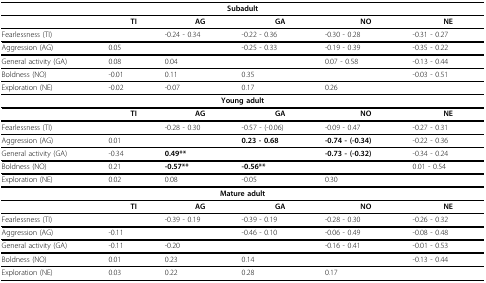
<table><thead><tr><td colspan="6"><b>Subadult</b></td></tr></thead><tbody><tr><td></td><td><b>TI</b></td><td><b>AG</b></td><td><b>GA</b></td><td><b>NO</b></td><td><b>NE</b></td></tr><tr><td>Fearlessness (TI)</td><td></td><td>-0.24 - 0.34</td><td>-0.22 - 0.36</td><td>-0.30 - 0.28</td><td>-0.31 - 0.27</td></tr><tr><td>Aggression (AG)</td><td>0.05</td><td></td><td>-0.25 - 0.33</td><td>-0.19 - 0.39</td><td>-0.35 - 0.22</td></tr><tr><td>General activity (GA)</td><td>0.08</td><td>0.04</td><td></td><td>0.07 - 0.58</td><td>-0.13 - 0.44</td></tr><tr><td>Boldness (NO)</td><td>-0.01</td><td>0.11</td><td>0.35</td><td></td><td>-0.03 - 0.51</td></tr><tr><td>Exploration (NE)</td><td>-0.02</td><td>-0.07</td><td>0.17</td><td>0.26</td><td></td></tr><tr><td colspan="6"><b>Young adult</b></td></tr><tr><td></td><td><b>TI</b></td><td><b>AG</b></td><td><b>GA</b></td><td><b>NO</b></td><td><b>NE</b></td></tr><tr><td>Fearlessness (TI)</td><td></td><td>-0.28 - 0.30</td><td>-0.57 - (-0.06)</td><td>-0.09 - 0.47</td><td>-0.27 - 0.31</td></tr><tr><td>Aggression (AG)</td><td>0.01</td><td></td><td><b>0.23 - 0.68</b></td><td><b>-0.74 - (-0.34)</b></td><td>-0.22 - 0.36</td></tr><tr><td>General activity (GA)</td><td>-0.34</td><td><b>0.49**</b></td><td></td><td><b>-0.73 - (-0.32)</b></td><td>-0.34 - 0.24</td></tr><tr><td>Boldness (NO)</td><td>0.21</td><td><b>-0.57**</b></td><td><b>-0.56**</b></td><td></td><td>0.01 - 0.54</td></tr><tr><td>Exploration (NE)</td><td>0.02</td><td>0.08</td><td>-0.05</td><td>0.30</td><td></td></tr><tr><td colspan="6"><b>Mature adult</b></td></tr><tr><td></td><td><b>TI</b></td><td><b>AG</b></td><td><b>GA</b></td><td><b>NO</b></td><td><b>NE</b></td></tr><tr><td>Fearlessness (TI)</td><td></td><td>-0.39 - 0.19</td><td>-0.39 - 0.19</td><td>-0.28 - 0.30</td><td>-0.26 - 0.32</td></tr><tr><td>Aggression (AG)</td><td>-0.11</td><td></td><td>-0.46 - 0.10</td><td>-0.06 - 0.49</td><td>-0.08 - 0.48</td></tr><tr><td>General activity (GA)</td><td>-0.11</td><td>-0.20</td><td></td><td>-0.16 - 0.41</td><td>-0.01 - 0.53</td></tr><tr><td>Boldness (NO)</td><td>0.01</td><td>0.23</td><td>0.14</td><td></td><td>-0.13 - 0.44</td></tr><tr><td>Exploration (NE)</td><td>0.03</td><td>0.22</td><td>0.28</td><td>0.17</td><td></td></tr></tbody></table>